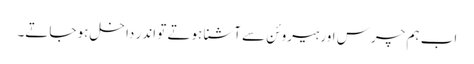
اب ہم چرس اور ہیروئن سے آشنا ہوتے تو اندر داخل ہو جاتے۔